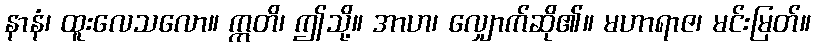
နာနံ၊ ထူးလေသလော။ ဣတိ၊ ဤသို့။ အာဟ၊ လျှောက်ဆို၏။ မဟာရာဇ၊ မင်းမြတ်။